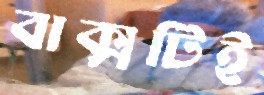
বাক্সটিই